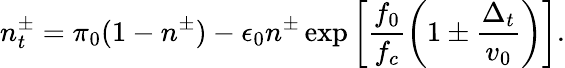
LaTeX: n_{t}^{\pm}=\pi_{0}(1-n^{\pm})-\epsilon_{0}n^{\pm}\exp\left[\frac{f_{0}}{f_{c}}\left(1\pm\frac{\Delta_{t}}{v_{0}}\right)\right].